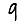
Digit: 9